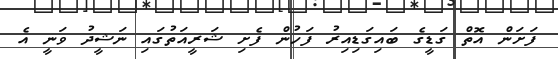
ފަށަން އޮތް ގަޑީގެ ބައިގަޑިއިރު ފަހުން ފެށި ޝަރީއަތުގައި ނަޝީދު ވަނީ އެ